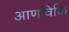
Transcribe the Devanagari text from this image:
आणविकि